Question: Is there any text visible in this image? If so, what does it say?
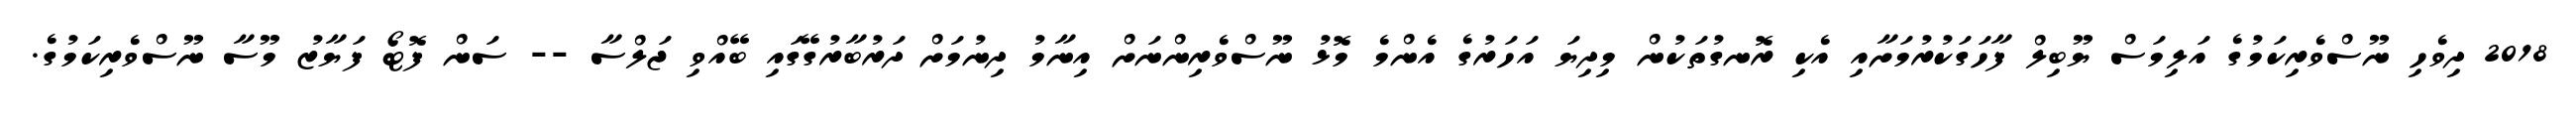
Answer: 2018 ދިވެހި ނޫސްވެރިކަމުގެ އަލިމަސް ޔޫބިލް ފާހަގަކުރުމަށާއި އެކި ރޮނގުތަކުން މިދިޔަ އަހަރުގެ އެންމެ މޮޅު ނޫސްވެރިންނަށް އިނާމު ދިނުމަށް ދަރުބާރުގޭގައި ބޭއްވި ޖަލްސާ -- ސަން ފޮޓޯ ފަޔާޒު މޫސާ ނޫސްވެރިކަމުގެ.